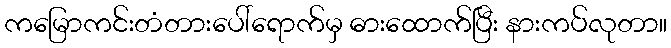
ကမြောကင်းတံတားပေါ်ရောက်မှ ဓားထောက်ပြီး နားကပ်လုတာ။